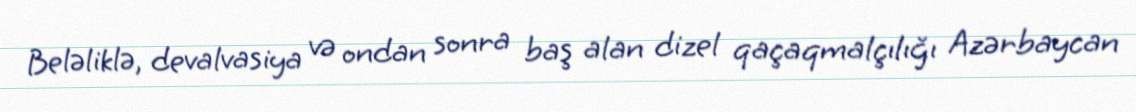
Beləliklə, devalvasiya və ondan sonra baş alan dizel qaçaqmalçılığı Azərbaycan